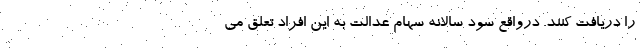
را دریافت کنند. درواقع سود سالانه سهام عدالت به این افراد تعلق می